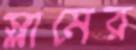
স্লামের